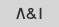
۱&۸